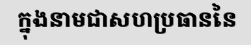
ក្នុងនាមជាសហប្រធាននៃ